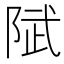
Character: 陚